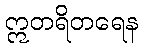
ဣတရိတရေန